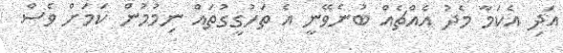
އަދި އެކަމާ މެދު އެއްޗެއް ބުނެވޭނީ އެ ތަހުގީގުތައް ނިމުމުން ކަމަށް ވެސް